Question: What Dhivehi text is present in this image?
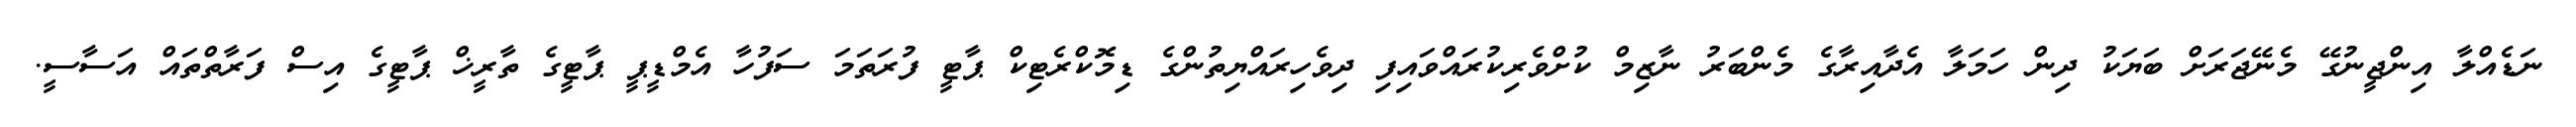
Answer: ނަޑެއްލާ އިންޖީނުގޭ މެނޭޖަރަށް ބަޔަކު ދިން ހަމަލާ އެދާއިރާގެ މެންބަރު ނާޒިމް ކުށްވެރިކުރައްވައިފި ދިވެހިރައްޔިތުންގެ ޑިމޮކްރެޓިކް ޕާޓީ ފުރަތަމަ ސަފުހާ އެމްޑީޕީ ޕާޓީގެ ތާރީޚް ޕާޓީގެ އިސް ފަރާތްތައް އަސާސީ.